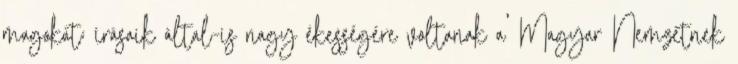
magokat; írásaik által-is nagy ékességére voltanak a' Magyar Nemzetnek